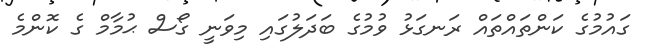
ގައުމުގެ ކަންތައްތައް ރަނގަޅު ވުމުގެ ބަދަލުގައި މިވަނީ ގޯސް ޙުމާމް ގެ ކޮންމެ